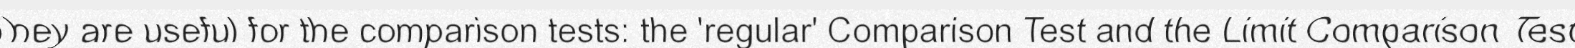
They are useful for the comparison tests: the 'regular' Comparison Test and the Limit Comparison Test.